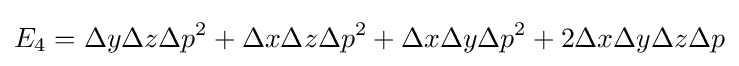
E_{4}=\Delta y\Delta z\Delta p^{2}+\Delta x\Delta z\Delta p^{2}+\Delta x\Delta y\Delta p^{2}+2\Delta x\Delta y\Delta z\Delta p